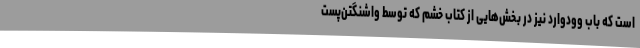
است که باب وودوارد نیز در بخش‌هایی از کتاب خشم که توسط واشنگتن‌پست